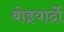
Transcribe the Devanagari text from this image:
बोइयार्दो